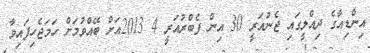
އިންޑިއާގެ ދިއްލީގައި ޖެނުއަރީ 30 އިން ފެބްރުއަރީ 4 2013އަށް ބޭއްވުމަށް ހަމަޖެހިފައިވާ